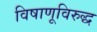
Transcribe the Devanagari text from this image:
विषाणूविरुद्ध